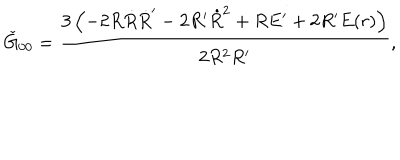
\check { G } _ { 0 0 } = \frac { 3 \left( - 2 R \dot { R } \dot { R } ^ { \prime } - 2 R ^ { \prime } \dot { R } ^ { 2 } + R E ^ { \prime } + 2 R ^ { \prime } E ( r ) \right) } { 2 R ^ { 2 } R ^ { \prime } } ,